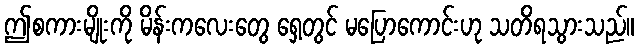
ဤစကားမျိုးကို မိန်းကလေးတွေ ရှေ့တွင် မပြောကောင်းဟု သတိရသွားသည်။